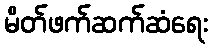
မိတ်ဖက်ဆက်ဆံရေး